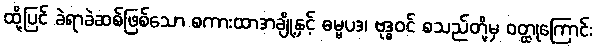
ထို့ပြင် ခဲရာခဲဆစ်ဖြစ်သော စကားထာအချို့နှင့် ဓမ္မပဒ၊ ဗုဒ္ဓဝင် စသည်တို့မှ ဝတ္ထုကြောင်း